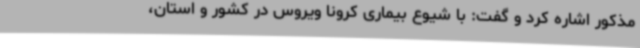
مذکور اشاره کرد و گفت: با شیوع بیماری کرونا ویروس در کشور و استان،